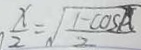
\frac { x } { 2 } = \sqrt { \frac { 1 - C O S A } { 2 } }